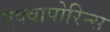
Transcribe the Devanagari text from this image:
एक्वापोरिन्स